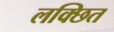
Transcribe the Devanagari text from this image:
लक्छित